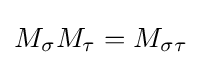
M_{\sigma }M_{\tau }=M_{\sigma \tau }